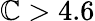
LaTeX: \mathbb{C}>4.6